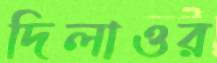
দিলাওর